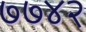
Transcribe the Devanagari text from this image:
७७४२